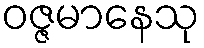
ဝဇ္ဇမာနေသု